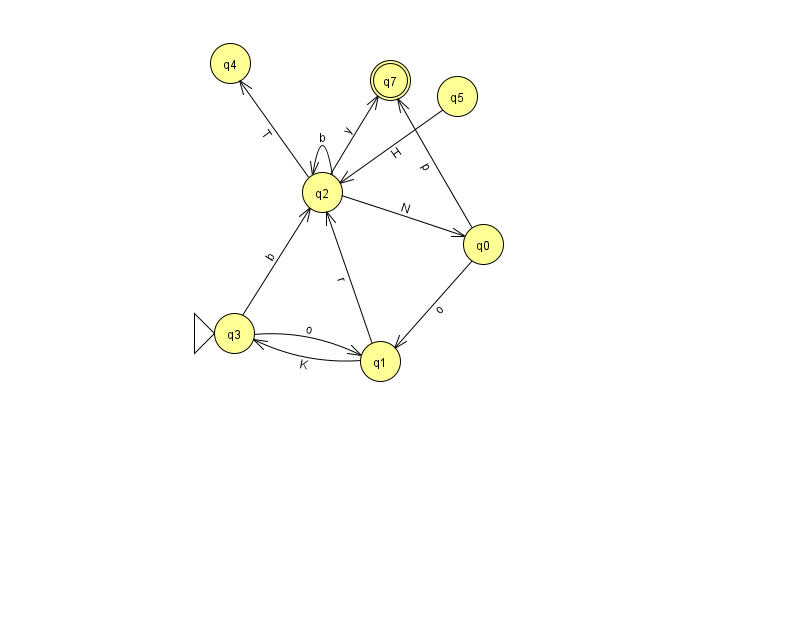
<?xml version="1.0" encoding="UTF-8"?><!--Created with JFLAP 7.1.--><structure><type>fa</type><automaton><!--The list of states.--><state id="0" name="q0"><x>483.0</x><y>231.0</y></state><state id="1" name="q1"><x>380.0</x><y>348.0</y></state><state id="2" name="q2"><x>322.0</x><y>179.0</y></state><state id="3" name="q3"><x>234.0</x><y>320.0</y><initial/></state><state id="4" name="q4"><x>230.0</x><y>50.0</y></state><state id="5" name="q5"><x>457.0</x><y>83.0</y></state><state id="7" name="q7"><x>390.0</x><y>67.0</y><final/></state><!--The list of transitions.--><transition><from>5</from><to>2</to><read>H</read></transition><transition><from>2</from><to>0</to><read>N</read></transition><transition><from>2</from><to>2</to><read>b</read></transition><transition><from>1</from><to>3</to><read>K</read></transition><transition><from>1</from><to>2</to><read>r</read></transition><transition><from>0</from><to>1</to><read>o</read></transition><transition><from>3</from><to>1</to><read>o</read></transition><transition><from>2</from><to>4</to><read>T</read></transition><transition><from>2</from><to>7</to><read>y</read></transition><transition><from>0</from><to>7</to><read>p</read></transition><transition><from>3</from><to>2</to><read>b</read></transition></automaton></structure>